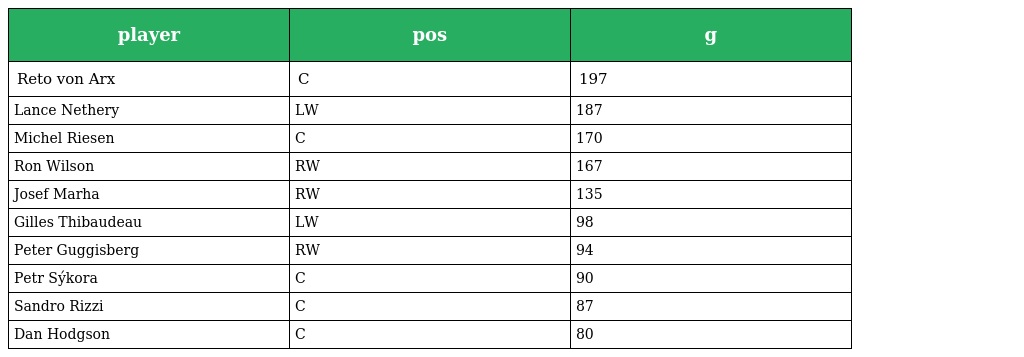
| player | pos | g |
 | --- | --- | --- |
 | Reto von Arx | C | 197 |
 | Lance Nethery | LW | 187 |
 | Michel Riesen | C | 170 |
 | Ron Wilson | RW | 167 |
 | Josef Marha | RW | 135 |
 | Gilles Thibaudeau | LW | 98 |
 | Peter Guggisberg | RW | 94 |
 | Petr Sýkora | C | 90 |
 | Sandro Rizzi | C | 87 |
 | Dan Hodgson | C | 80 |